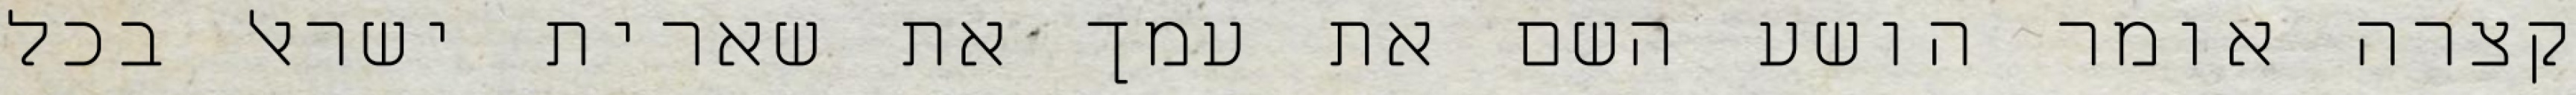
קצרה אומר הושע השם את עמך את שארית ישראל בכל